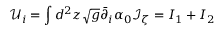
\mathcal U _ { i } = \int d ^ { 2 } z \sqrt { g } \bar { \partial } _ { i } \alpha _ { 0 } \mathcal I _ { \zeta } = I _ { 1 } + I _ { 2 }